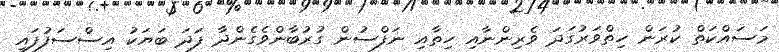
މަސައްކަތް ކުރަން ހިތްވަރުގަދަ ވެރިންނާއި ހިތާއި ނަފްސުން ގުރުބާންވެގެންދާ ފަދަ ބަޔަކު އިސްސަފުފައި